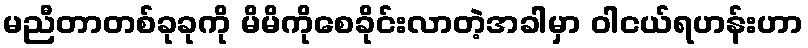
မညီတာတစ်ခုခုကို မိမိကိုစေခိုင်းလာတဲ့အခါမှာ ဝါငယ်ရဟန်းဟာ